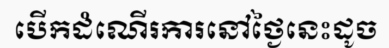
បើកដំណើរការនៅថ្ងៃនេះដូច